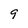
Character: 9